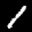
Label: 1